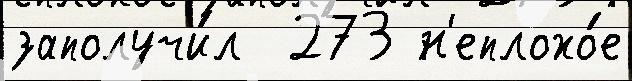
заполучи́л  273 н'еплохо́е